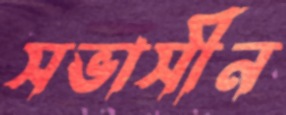
সভাসীন